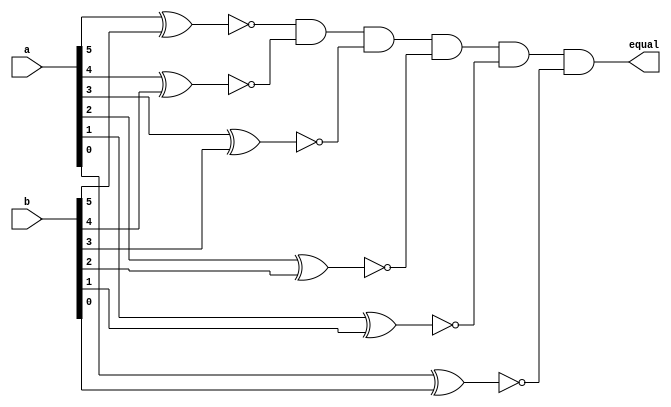
module cmp6
(
	output equal,
	input [0:5] a,
	input [0:5] b
);
wire eq_0;
wire eq_1;
wire eq_2;
wire eq_3;
wire eq_4;
wire eq_5;

// DUPLO.NET (123) - eq[0-5] : en
assign eq_0 = ~(a[0] ^ b[0]);
assign eq_1 = ~(a[1] ^ b[1]);
assign eq_2 = ~(a[2] ^ b[2]);
assign eq_3 = ~(a[3] ^ b[3]);
assign eq_4 = ~(a[4] ^ b[4]);
assign eq_5 = ~(a[5] ^ b[5]);

// DUPLO.NET (124) - equal : an6
assign equal = eq_0 & eq_1 & eq_2 & eq_3 & eq_4 & eq_5;
endmodule